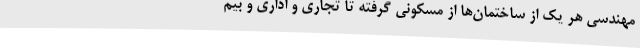
مهندسی هر یک از ساختمان‌ها از مسکونی گرفته تا تجاری و اداری و بیم